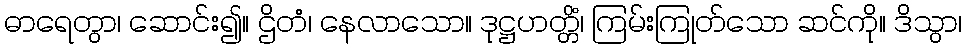
ဓာရေတွာ၊ ဆောင်း၍။ ဌိတံ၊ နေလာသော။ ဒုဋ္ဌဟတ္တိံ၊ ကြမ်းကြုတ်သော ဆင်ကို။ ဒိသွာ၊